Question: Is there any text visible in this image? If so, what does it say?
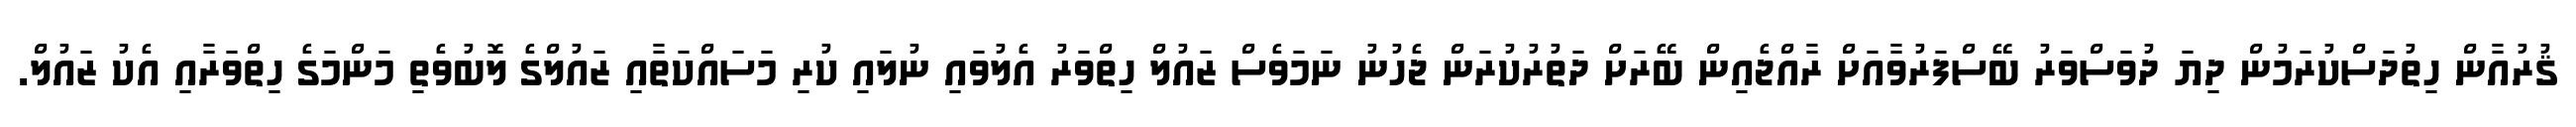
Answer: ޤުރުއާން ހިތުދަސްކުރަމުން ދިޔަ ދުވަސްވަރު ބޭސްފަރުވާއަށް ރާއްޖެއިން ބޭރަށް ދަތުރުކުރަން ޖެހުނު ނަމަވެސް ޒައުލް ހިތްވަރު އެލުވައި ނުލައި ކުރި މަސައްކަތާއި ޒައުލްގެ ލޮބުވެތި މަންމަގެ ހިތްވަރާއި އެކު ޒައުލް.